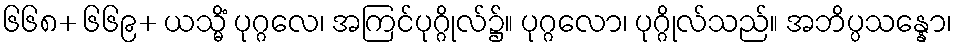
၆၆၈+ ၆၆၉+ ယသ္မိံ ပုဂ္ဂလေ၊ အကြင်ပုဂ္ဂိုလ်၌။ ပုဂ္ဂလော၊ ပုဂ္ဂိုလ်သည်။ အဘိပ္ပသန္နော၊